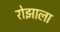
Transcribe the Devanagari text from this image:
रोझाला